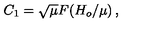
C _ { 1 } = \sqrt { \mu } F \! \left( { H _ { o } / \mu } \right) ,